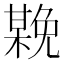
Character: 𣚻